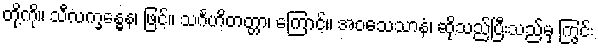
တို့ကို။ သီလက္ခန္ဓေန၊ ဖြင့်။ သင်္ဂဟိတတ္တာ၊ ကြောင့်။ အဝသေသာနံ၊ ဆိုသည်ပြီးသည်မှ ကြွင်း